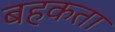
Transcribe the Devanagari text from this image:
बहकता